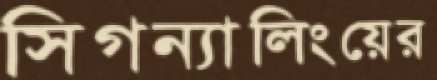
সিগন্যালিংয়ের